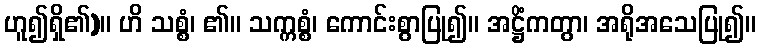
ဟူ၍ရှိ၏)။ ဟိ သစ္စံ၊ ၏။ သက္ကစ္စံ၊ ကောင်းစွာပြု၍။ အဋ္ဌိံကတွာ၊ အရိုအသေပြု၍။